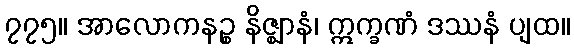
၇၇၅။ အာလောကနဉ္စ နိဇ္ဈာနံ၊ ဣက္ခဏံ ဒဿနံ ပျထ။